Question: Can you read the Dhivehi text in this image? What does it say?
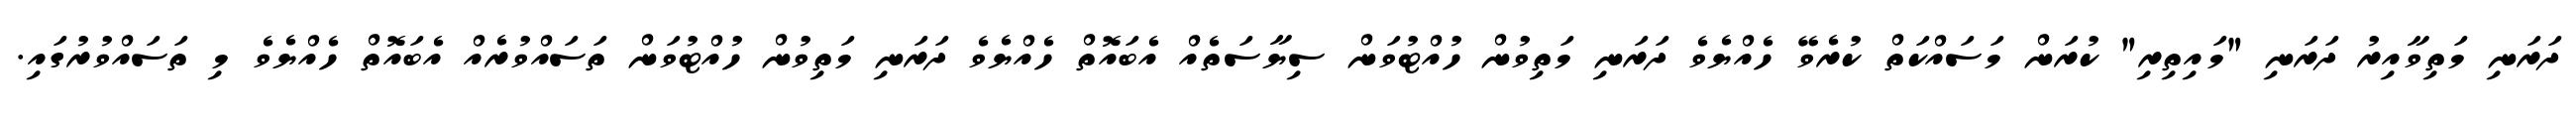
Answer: ދަރަނި މަތިވާއިރު ދަރަނި "މައިތިރި" ކުރަން މަސައްކަތް ކުރެވޭ ހެއްޔެވެ ދަރަނި މަތިވުން ހުއްޓުވަން ސިޔާސަތެއް އެބައޮތް ހެއްޔެވެ ދަރަނި މަތިވުން ހުއްޓުވަން ތަސައްވުރެއް އެބައޮތް ހެއްޔެވެ މި ތަސައްވުރުގައި.